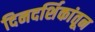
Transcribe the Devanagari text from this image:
दिनदर्शिकांतून